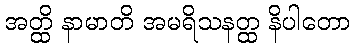
အတ္ထိ နာမာတိ အမရိသနတ္ထ နိပါတော